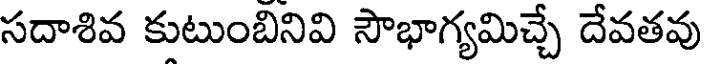
సదాశివ కుటుంబినివి సౌభాగ్యమిచ్చే దేవతవు